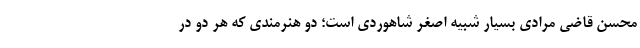
محسن قاضی مرادی بسیار شبیه اصغر شاهوردی است؛ دو هنرمندی که هر دو در